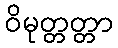
ဝိမုတ္တတ္တာ